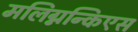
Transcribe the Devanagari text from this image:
मलिग्नन्किएस